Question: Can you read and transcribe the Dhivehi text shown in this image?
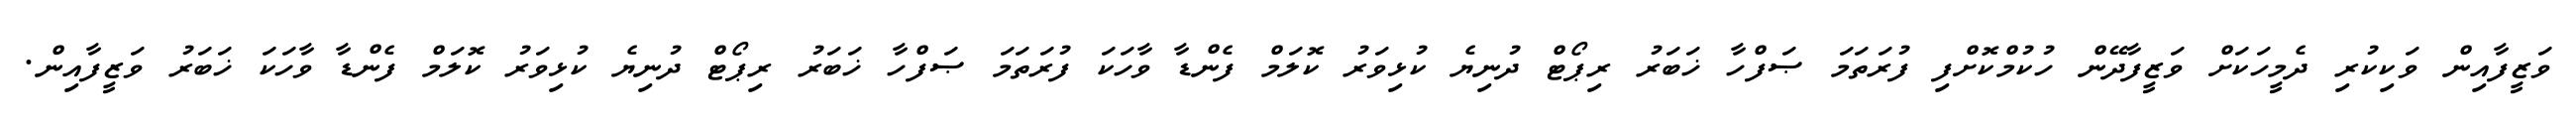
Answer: ވަޒީފާއިން ވަކިކުރި ދެމީހަކަށް ވަޒީފާދޭން ހުކުމްކޮށްފި ފުރަތަމަ ޞަފްހާ ޚަބަރު ރިޕޯޓް ދުނިޔެ ކުޅިވަރު ކޮލަމް ފެންޑާ ވާހަކަ ފުރަތަމަ ޞަފްހާ ޚަބަރު ރިޕޯޓް ދުނިޔެ ކުޅިވަރު ކޮލަމް ފެންޑާ ވާހަކަ ޚަބަރު ވަޒީފާއިން.